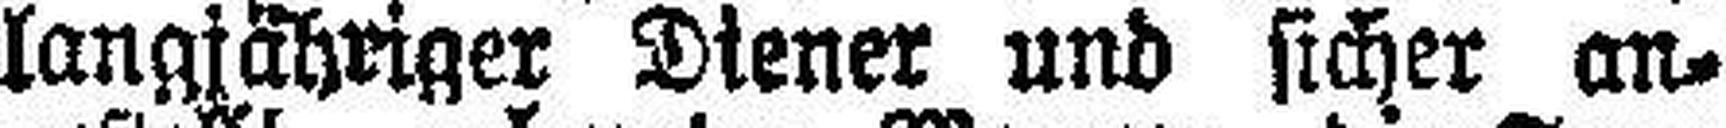
langjähriger Diener und sicher an¬